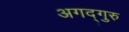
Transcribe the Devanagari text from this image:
अगद्गुरु